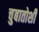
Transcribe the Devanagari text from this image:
चुबातोशी